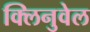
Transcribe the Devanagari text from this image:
क्लिनुवेल